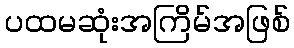
ပထမဆုံးအကြိမ်အဖြစ်